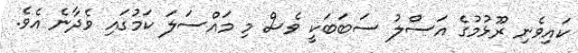
ކައިވެނި ރޫޅުމުގެ އަސްލު ސަބަބަކީ ވެސް މި މައްސަލަ ކަމުގައި ވެދާނެ އެވެ.